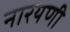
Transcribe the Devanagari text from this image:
नारयणी